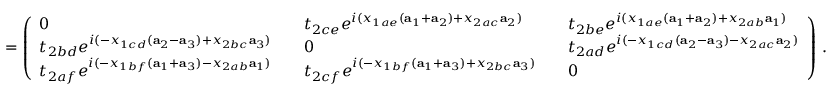
= \left( \begin{array} { l l l l l } { 0 } & & { t _ { 2 c e } e ^ { i ( x _ { 1 a e } ( { \bf a } _ { 1 } + { \bf a } _ { 2 } ) + x _ { 2 a c } { \bf a } _ { 2 } ) } } & & { t _ { 2 b e } e ^ { i ( x _ { 1 a e } ( { \bf a } _ { 1 } + { \bf a } _ { 2 } ) + x _ { 2 a b } { \bf a } _ { 1 } ) } } \\ { t _ { 2 b d } e ^ { i ( - x _ { 1 c d } ( { \bf a } _ { 2 } - { \bf a } _ { 3 } ) + x _ { 2 b c } { \bf a } _ { 3 } ) } } & & { 0 } & & { t _ { 2 a d } e ^ { i ( - x _ { 1 c d } ( { \bf a } _ { 2 } - { \bf a } _ { 3 } ) - x _ { 2 a c } { \bf a } _ { 2 } ) } } \\ { t _ { 2 a f } e ^ { i ( - x _ { 1 b f } ( { \bf a } _ { 1 } + { \bf a } _ { 3 } ) - x _ { 2 a b } { \bf a } _ { 1 } ) } } & & { t _ { 2 c f } e ^ { i ( - x _ { 1 b f } ( { \bf a } _ { 1 } + { \bf a } _ { 3 } ) + x _ { 2 b c } { \bf a } _ { 3 } ) } } & & { 0 } \end{array} \right) \, .